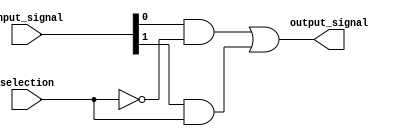
//21
// | Author
//  (pika1021@gmail.com)
`ifndef MULTIPLEXER2TO1_V_INCLUDED
	`define MULTIPLEXER2TO1_V_INCLUDED
	`timescale 1ns / 100ps

	module multiplexer2to1(output_signal, input_signal, selection);
		output output_signal;
		input [1:0]input_signal;
		input selection;
		
		wire net1, net2;
		
		not a1(selection_bar, selection);
		and a2(net1,input_signal[0], selection_bar);
		and a3(net2,input_signal[1], selection);
		or a4(output_signal,net1,net2);
	endmodule
`endif